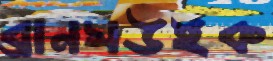
ব্রানসউইক